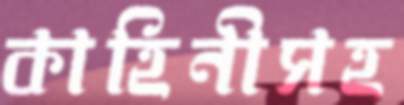
কাহিনীসহ